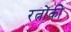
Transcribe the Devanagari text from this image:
रत्नोंकी